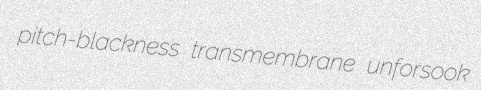
pitch-blackness transmembrane unforsook